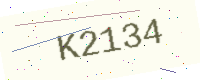
Text: K2134